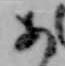
あ